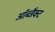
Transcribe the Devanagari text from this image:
ऑब्जैक्ट